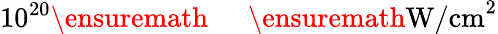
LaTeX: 10^{20}\ensuremath{\mathrm{~\textrm~{~\, ~}~}}\ensuremath{\mathrm{W/cm}}^{2}